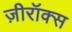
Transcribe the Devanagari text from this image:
ज़ीरॉक्स